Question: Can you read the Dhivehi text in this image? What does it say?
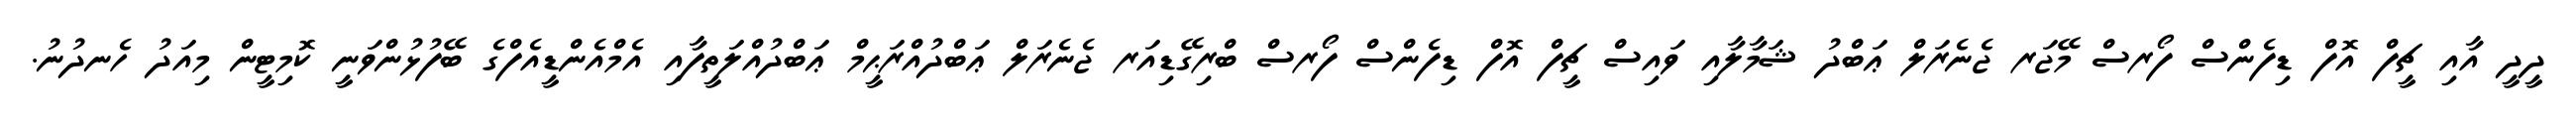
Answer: ދީދީ އާއި ޗީފް އޮފް ޑިފެންސް ފޯރސް މޭޖަރ ޖެނެރަލް ޢަބްދު ޝަމާލާއި ވައިސް ޗީފް އޮފް ޑިފެންސް ފޯރސް ބްރިގޭޑިއަރ ޖެނެރަލް ޢަބްދުއްރަޙީމް ޢަބްދުއްލަތީފާއި އެމްއެންޑީއެފްގެ ބޭފުޅުންވަނީ ކޮމިޓީން މިއަދު ހެނދުނު.